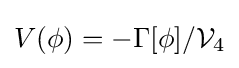
V(\phi )=-\Gamma [\phi ]/{\mathcal {V}}_{4}